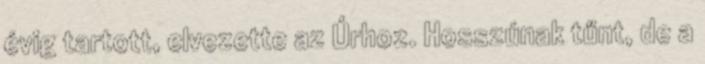
évig tartott, elvezette az Úrhoz. Hosszúnak tűnt, de a